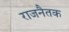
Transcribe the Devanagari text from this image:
राजनैतक